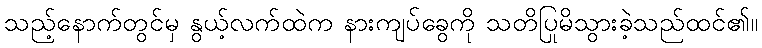
သည့်နောက်တွင်မှ နွယ့်လက်ထဲက နားကျပ်ခွေကို သတိပြုမိသွားခဲ့သည်ထင်၏။